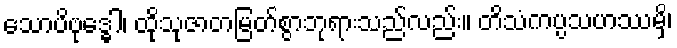
သောပိဗုဒ္ဓေါ၊ ထိုသုဇာတမြတ်စွာဘုရားသည်လည်း။ တိသံကပ္ပသဟဿမှိ၊